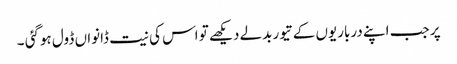
پر جب اپنے درباریوں کے تیور بدلے دیکھے تو اس کی نیت ڈانواں ڈول ہوگئی ۔